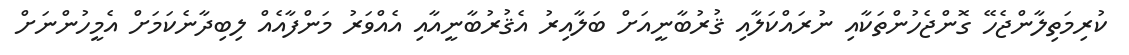
ކުރިމަތިލާންޖެހޭ ގޮންޖެހުންތަކާއި ނުރައްކަލާއި ޤުރުބާނީއަށް ބަލާއިރު އެޤުރުބާނީއާއި އެއްވަރު މަންފާއެއް ލިބިދާނެކަމަށް އެމީހުންނަށް